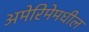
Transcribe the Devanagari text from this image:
अमेरिमेमधील